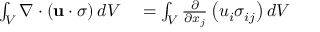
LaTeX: \begin{array} { r l } { \int _ { V } \nabla \cdot \left( \mathbf { u } \cdot { \boldsymbol { \sigma } } \right) d V } & { { } = \int _ { V } { \frac { \partial } { \partial x _ { j } } } \left( u _ { i } \sigma _ { i j } \right) d V } \end{array}